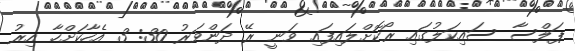
ޕަލްސާ ސައިކަލުގައި ރޯކޮށްލައިފައި ވަނީ ރޭ ދަންވަރު 30: 3 އެހާކަށްހާ އިރު